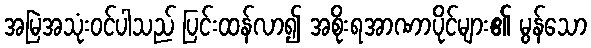
အမြဲအသုံးဝင်ပါသည် ပြင်းထန်လာ၍ အစိုးရအာဏာပိုင်များ၏ မွန်သော